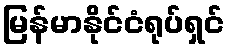
မြန်မာနိုင်ငံရုပ်ရှင်